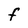
Character: F